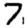
Digit: 7